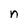
Character: n